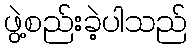
ဖွဲ့စည်းခဲ့ပါသည်